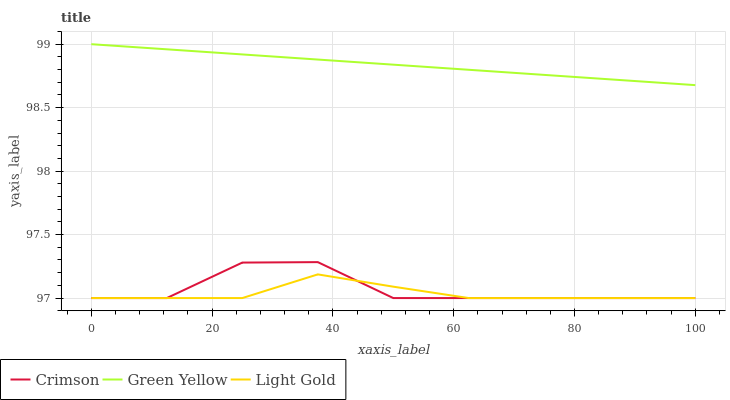
| xaxis_label | Crimson | Green Yellow | Light Gold |
 | --- | --- | --- | --- |
 | 0 | 97 | 99 | 97 |
 | 12.5 | 97 | 99 | 97 |
 | 25 | 97.3 | 98.9 | 97 |
 | 37.5 | 97.3 | 98.9 | 97.2 |
 | 50 | 97 | 98.8 | 97.1 |
 | 62.5 | 97 | 98.8 | 97 |
 | 75 | 97 | 98.8 | 97 |
 | 87.5 | 97 | 98.7 | 97 |
 | 100 | 97 | 98.7 | 97 |